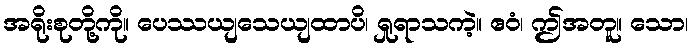
အရိုးစုတို့ကို။ ပေဿယျသေယျထာပိ၊ ရှုရာသကဲ့။ ဧဝံ၊ ဤအတူ။ သော၊